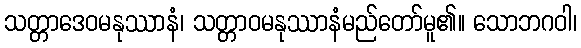
သတ္တာဒေဝမနုဿာနံ၊ သတ္တာဝမနုဿာနံမည်တော်မူ၏။ သောဘဂဝါ၊